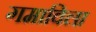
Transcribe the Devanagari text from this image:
गमाविला